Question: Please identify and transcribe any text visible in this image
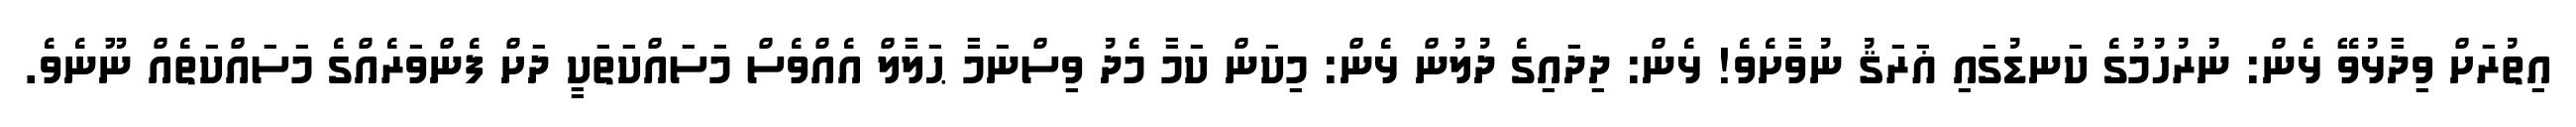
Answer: އިތުރަށް ވިދާޅުވޭ ޅެން: ނުރުހުމުގެ ކަނޑުގައި ޣަރަޤު ނުވާށެވެ! ޅެން: ދިދައިގެ ދުލުން ޅެން: މިކަން ކަމާ މެދު ވިސްނަމާ ޙަލާލް އެއްވެސް މަސައްކަތަކީ ދަށް ފެންވަރެއްގެ މަސައްކަތެއް ނޫނެވެ.